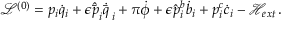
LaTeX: \mathcal { L } ^ { ( 0 ) } = p _ { i } \dot { q } _ { i } + \epsilon \hat { \bar { p } } _ { i } \dot { \bar { q } \, } _ { i } + \pi \dot { \phi } + \epsilon \hat { p } _ { i } ^ { b } \dot { b } _ { i } + p _ { i } ^ { c } \dot { c } _ { i } - \mathcal { H } _ { e x t } \, .